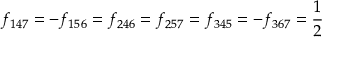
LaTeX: f _ { 1 4 7 } = - f _ { 1 5 6 } = f _ { 2 4 6 } = f _ { 2 5 7 } = f _ { 3 4 5 } = - f _ { 3 6 7 } = { \frac { 1 } { 2 } }